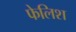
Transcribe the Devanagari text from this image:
फेलिश